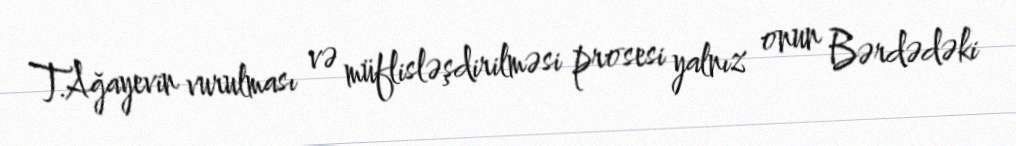
T.Ağayevin vurulması və müflisləşdirilməsi prosesi yalnız onun Bərdədəki